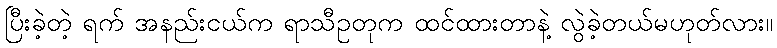
ပြီးခဲ့တဲ့ ရက် အနည်းငယ်က ရာသီဥတုက ထင်ထားတာနဲ့ လွဲခဲ့တယ်မဟုတ်လား။